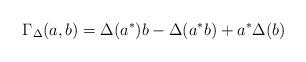
LaTeX: \begin{gather*}\Gamma_\Delta(a, b)=\Delta(a^*)b-\Delta(a^*b)+a^*\Delta(b)\end{gather*}